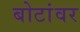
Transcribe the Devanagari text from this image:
बोटांवर